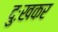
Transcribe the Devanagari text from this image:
दुःखकर